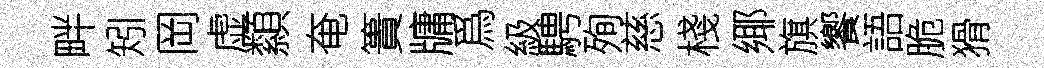
畔矧岡虚纇奄簣牗爲級騁殉慈棧鄊旗饗語脆猾